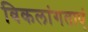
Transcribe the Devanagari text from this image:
विकलांगताएं